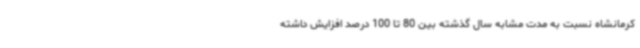
کرمانشاه نسبت به مدت مشابه سال گذشته بین 80 تا 100 درصد افزایش داشته